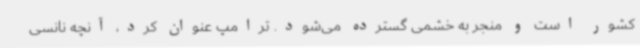
کشور است و منجر به خشمی گسترده می‌شود. ترامپ عنوان کرد، آنچه نانسی